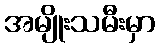
အမျိုးသမီးမှာ